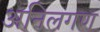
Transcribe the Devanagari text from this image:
अनिलगण